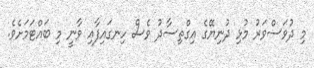
މި ދުވަސްވަރު މުޅި ދުނިޔޭގެ އިގްތިސާދު ވެސް ހިނގައިފާއި ވާނީ މި ބައްޓަމަށެވެ.